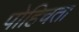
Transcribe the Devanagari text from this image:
पोहिचता